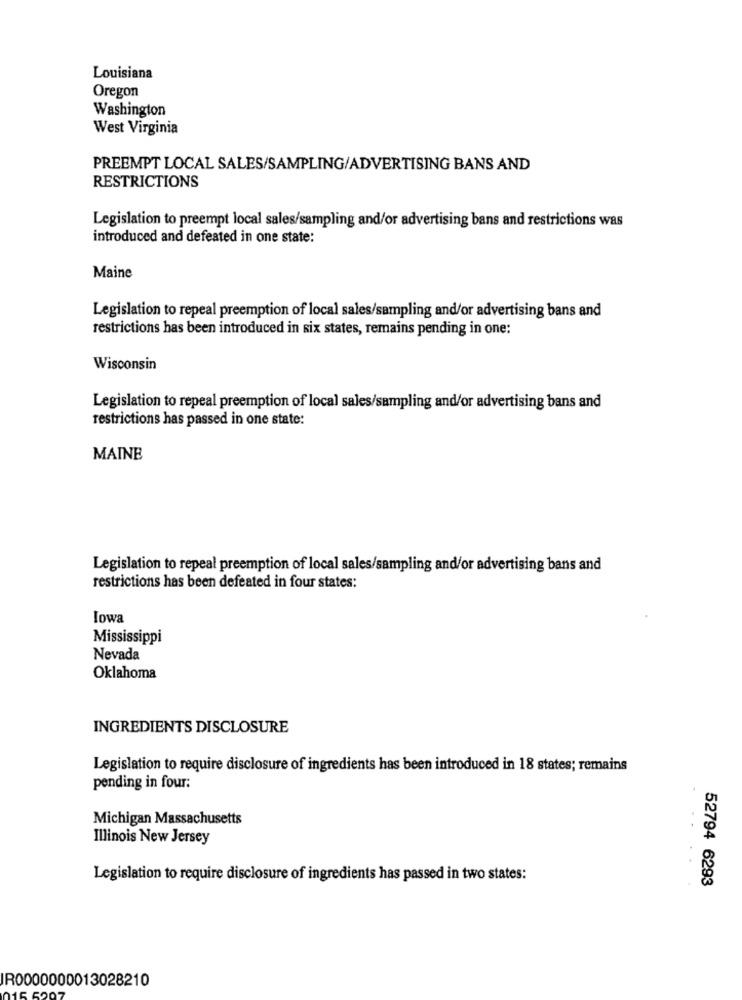
Louisiana
Oregon
Washington
West Virginia
PREEMPT LOCAL SALES/SAMPLING/ADVERTISING BANS AND
RESTRICTIONS
Legislation to preempt local sales/sampling and/or advertising bans and restrictions was
introduced and defeated in one state:
Maine
Legislation to repeal preemption of local sales/sampling and/or advertising bans and
restrictions has been introduced in six states, remains pending in one:
Wisconsin
Legislation to repeal preemption of local sales/sampling and/or advertising bans and
restrictions has passed in one state:
MAINE
Legislation to repeal preemption of local sales/sampling and/or advertising bans and
restrictions has been defeated in four states:
Iowa
Mississippi
Nevada
Oklahoma
INGREDIENTS DISCLOSURE
Legislation to require disclosure of ingredients has been introduced in 18 states; remains
pending in four:
Michigan Massachusetts
Illinois New Jersey
Legislation to require disclosure of ingredients has passed in two states:
52794 6293
R0000000013028210
15 50